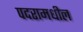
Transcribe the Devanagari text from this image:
पदरामधील